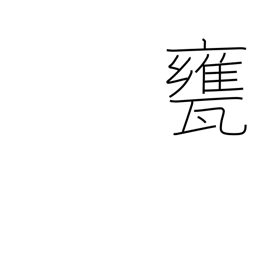
Meaning: vat